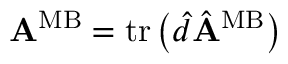
\begin{array} { r } { { \bf A } ^ { \mathrm { M B } } = \mathrm { t r } \left( \hat { d } \hat { \bf A } ^ { \mathrm { M B } } \right) } \end{array}